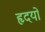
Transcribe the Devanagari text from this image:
हृदयो